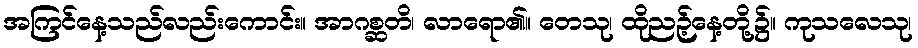
အကြင်နေ့သည်လည်းကောင်း။ အာဂစ္ဆတိ၊ လာရော၏။ တေသု၊ ထိုညဉ့်နေ့တို့၌။ ကုသလေသု၊